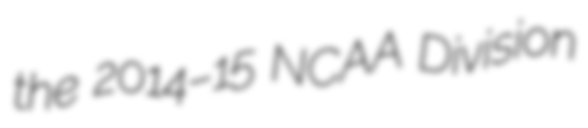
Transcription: the 2014–15 NCAA Division